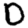
Digit: 0